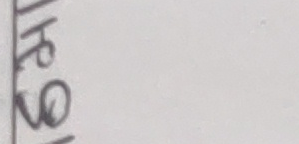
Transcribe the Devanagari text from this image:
थरे९२